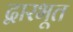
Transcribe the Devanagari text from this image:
द्वारभूत